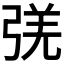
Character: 𰐛